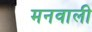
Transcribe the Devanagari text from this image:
मनवाली